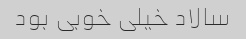
سالاد خیلی خوبی بود